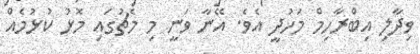
ވިދާލި އިބްރާހިމް މަހުދީ އެވެ. އޭނާ ވަނީ މި މެޗުގައި މޮޅު ކުޅުމެއް